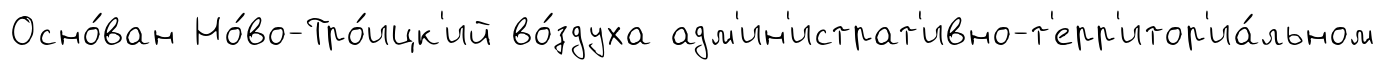
Осно́ван Но́во-Тро́ицк'ий во́здуха адм'ин'истрат'ивно-т'ерр'итор'иа́льном